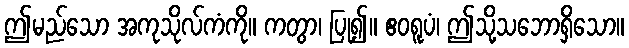
ဤမည်သော အကုသိုလ်ကံကို။ ကတွာ၊ ပြု၍။ ဧဝရူပံ၊ ဤသို့သဘောရှိသော။